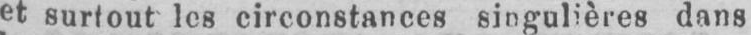
et surtout les circonstances singulières dans